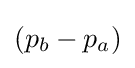
(p_{b}-p_{a})